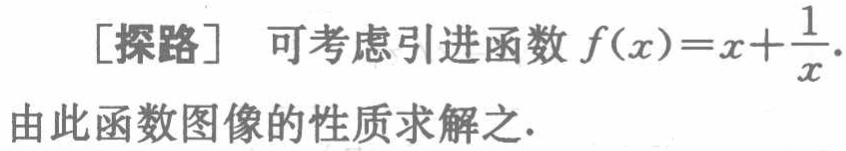
[探路] 可考虑引进函数 \(f(x)=x+\frac{1}{x}\).

由此函数图像的性质求解之.